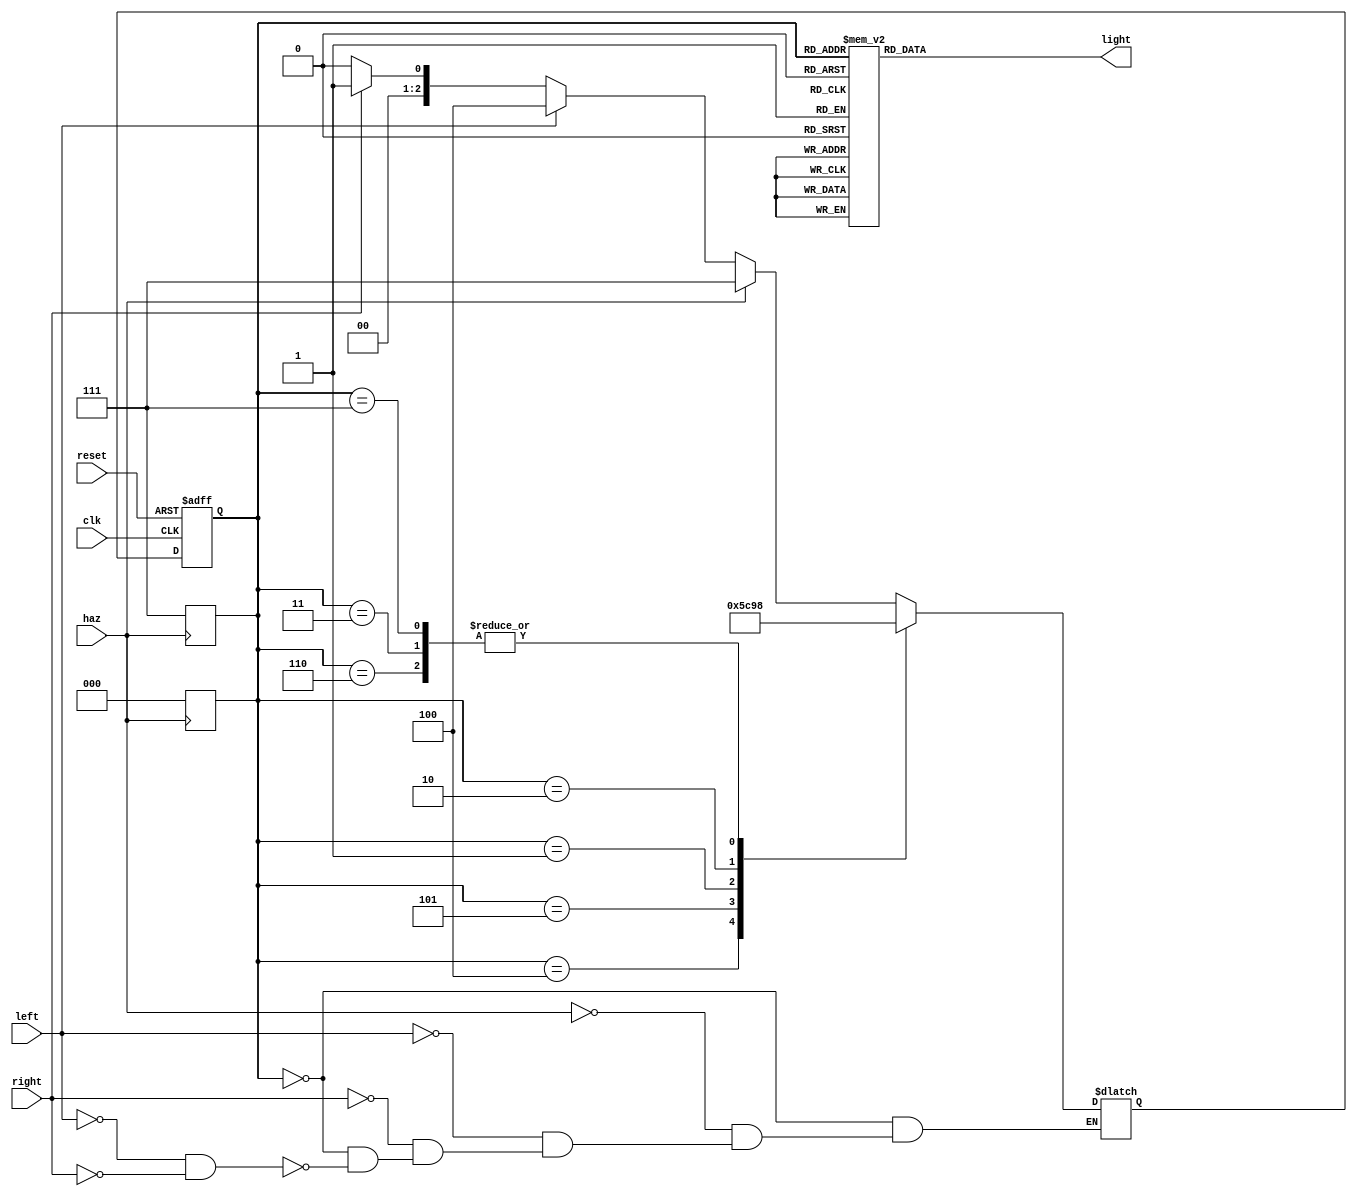

//------------------------------------------------------------------
// Ford Thunder Bird Turn Indicator FSM
//------------------------------------------------------------------

module tbird_fsm (
input  clk, reset, left, right, haz,
output reg [5:0] light
);

//------------------------------------------------------------------
// Registry States
//------------------------------------------------------------------
 
reg[2:0] state, nextstate;

//------------------------------------------------------------------
// Local Parameters All Possible States
//------------------------------------------------------------------  

parameter
	IDLE   = 3'b000,
	R1     = 3'b001,
	R2     = 3'b010,
	R3     = 3'b011,                          
	L1     = 3'b100,
	L2     = 3'b101,
	L3     = 3'b110,
	HAZARD = 3'b111;

//------------------------------------------------------------------
// Change Current to Next State
//------------------------------------------------------------------

always @(negedge clk or posedge reset)
begin 
	if(reset)
		state <= IDLE;
	else
		state <= nextstate;
end

//------------------------------------------------------------------
// Starting Immediate Hazard Sequence "when haz == 1"
//------------------------------------------------------------------

always @(posedge haz) state <= HAZARD;
always @(negedge haz) state <= IDLE;

//------------------------------------------------------------------
//                   Next State Selection 
// "Comments describe every state transiton according to STG"
//------------------------------------------------------------------

always @(*)
begin

nextstate <= IDLE;

case(state)
	IDLE:begin
		if(!left && !right)
			nextstate = IDLE;       //IDLE when left == 0 and right == 0

		if(right)
			nextstate <= R1;        //R1 when right == 1        
													 
		if(left)
			nextstate <= L1;		//L1 when right == 1
		if(haz)
			nextstate <= HAZARD;	//HAZARD when haz == 1
		end

	L1:    nextstate <= L2;			//L2 when haz == 0
		
	L2:    nextstate <= L3;			//L3 when haz == 0
		
	L3:    nextstate <= IDLE;		//Always transits to IDLE

	R1:    nextstate <= R2;			//R2 when haz == 0
			
	R2:    nextstate <= R3;			//R3 when haz == 0
		
	R3:	   nextstate <= IDLE;		//Always transits to IDLE
	
	HAZARD:nextstate <= IDLE;		//Always transits to IDLE
endcase
end

//---------------------------------------------------------------
// Output Combinational Logic
//---------------------------------------------------------------

always @(*)
begin

light <= 6'b000000;

case(state)
	HAZARD:light <= 6'b111111;
	
	IDLE:  light <= 6'b000000;
		
	L1:    light <= 6'b001000;
		
	L2:    light <= 6'b011000;

	L3:    light <= 6'b111000;

	R1:    light <= 6'b000100;

	R2:    light <= 6'b000110;

	R3:    light <= 6'b000111;
endcase
end

endmodule